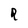
Character: R